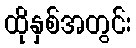
ထိုနှစ်အတွင်း